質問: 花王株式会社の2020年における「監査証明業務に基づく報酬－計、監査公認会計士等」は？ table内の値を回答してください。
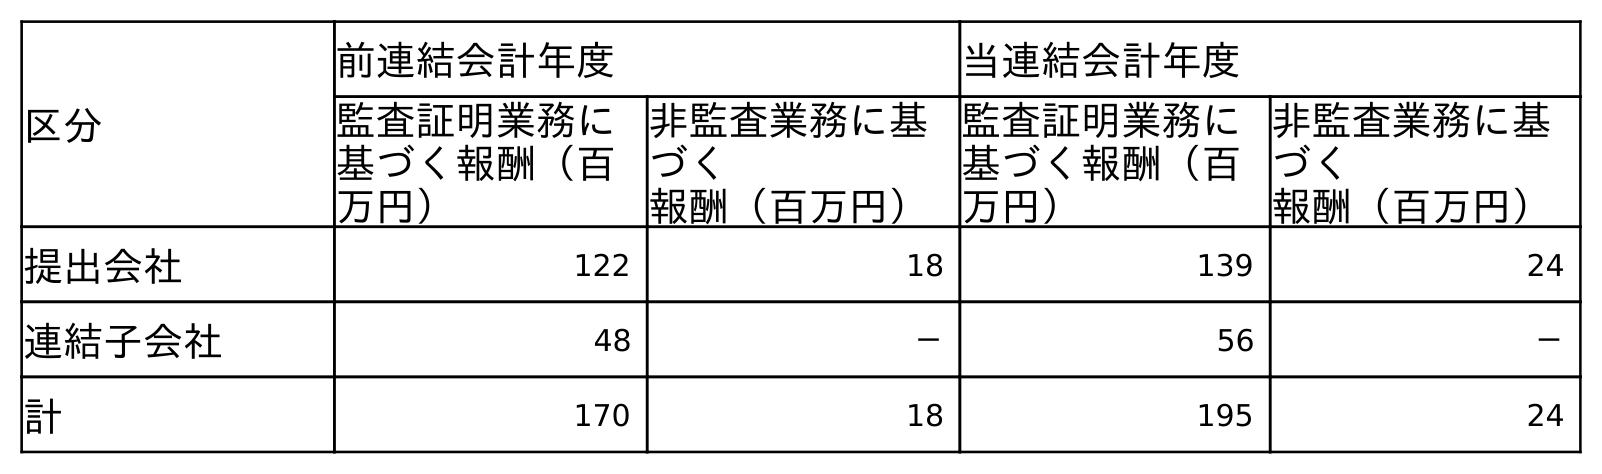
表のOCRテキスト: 区分 前連結会計年度 当連結会計年度 監査証明業務に 基づく報酬（百 万円） 非監査業務に基 づく 報酬（百万円） 監査証明業務に 基づく報酬（百 万円） 非監査業務に基 づく 報酬（百万円） 提出会社 122 18 139 24 連結子会社 48 － 56 － 計 170 18 195 24
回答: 195